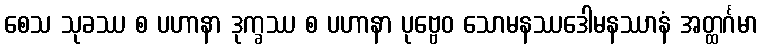
စေသ သုခဿ စ ပဟာနာ ဒုက္ခဿ စ ပဟာနာ ပုဗ္ဗေဝ သောမနဿဒေါမနဿာနံ အတ္ထင်္ဂမာ